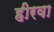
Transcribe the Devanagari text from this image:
हीरवा